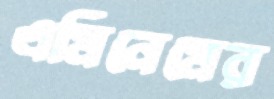
এমিনেমের